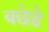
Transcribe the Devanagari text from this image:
बछेड़े